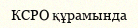
КСРО құрамында